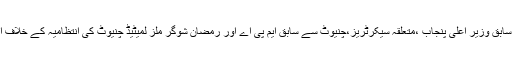
ایگزیکٹو بورڈ اجلاس نے سابق وزیر اعلی پنجاب ،متعلقہ سیکرٹریز،چنیوٹ سے سابق ایم پی اے اور رمضان شوگر ملز لمیٹیڈ چنیوٹ کی انتظامیہ کے خلاف انکوائری کی منظوری دی۔